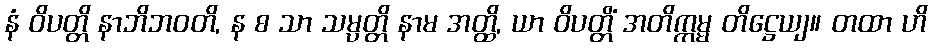
နံ ဝိပတ္တိ နာဘိဘဝတိ, န စ သာ သမ္ပတ္တိ နာမ အတ္ထိ, ယာ ဝိပတ္တိံ အတိက္ကမ္မ တိဋ္ဌေယျ။ တထာ ဟိ